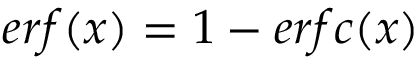
e r f ( x ) = 1 - e r f c ( x )